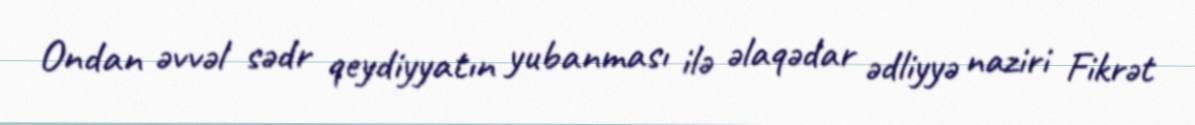
Ondan əvvəl sədr qeydiyyatın yubanması ilə əlaqədar ədliyyə naziri Fikrət